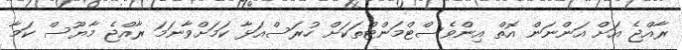
ރާއްޖެ އަށް އަންނަން އޮތް އިންވެސްޓްމަންޓްތަކަށް ހުރަސްއަޅާ ކަމަށްވާނަމަ ރާއްޖެ މާޔޫސް ކަމާ